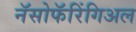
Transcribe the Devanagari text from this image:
नॅसोफॅरिंगिअल